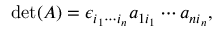
\operatorname* { d e t } ( A ) = \epsilon _ { i _ { 1 } \cdots i _ { n } } { a } _ { 1 i _ { 1 } } \cdots { a } _ { n i _ { n } } ,